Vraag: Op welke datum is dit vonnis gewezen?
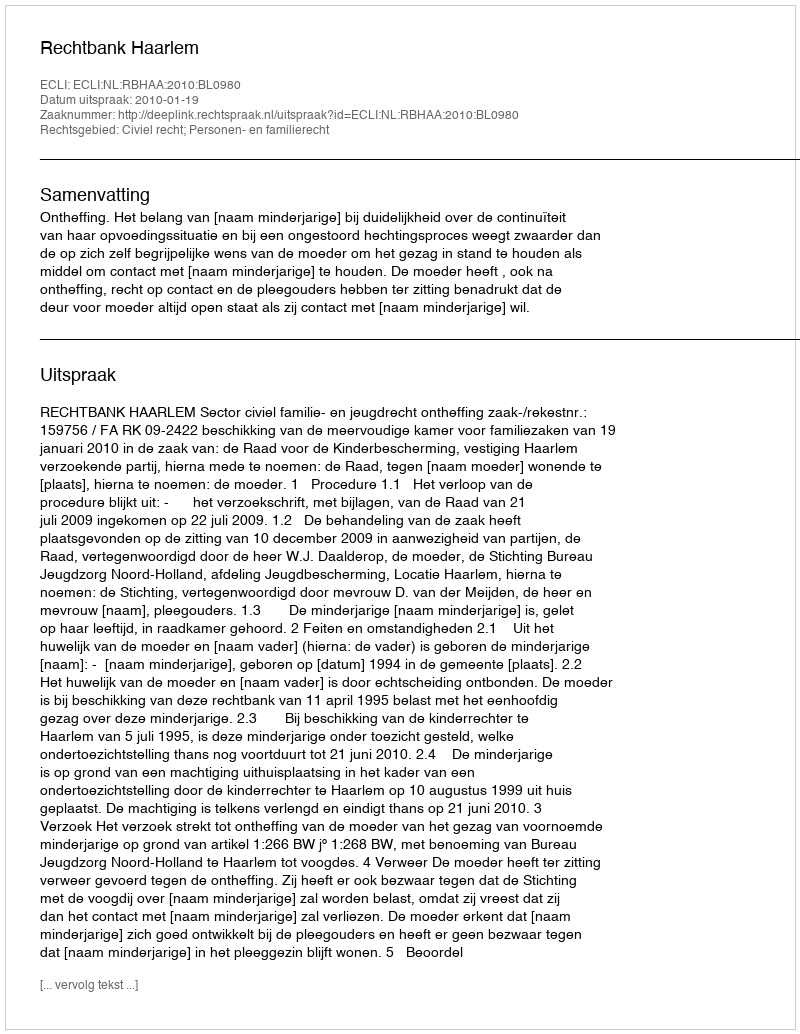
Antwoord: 2010-01-19